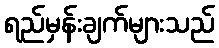
ရည်မှန်းချက်များသည်